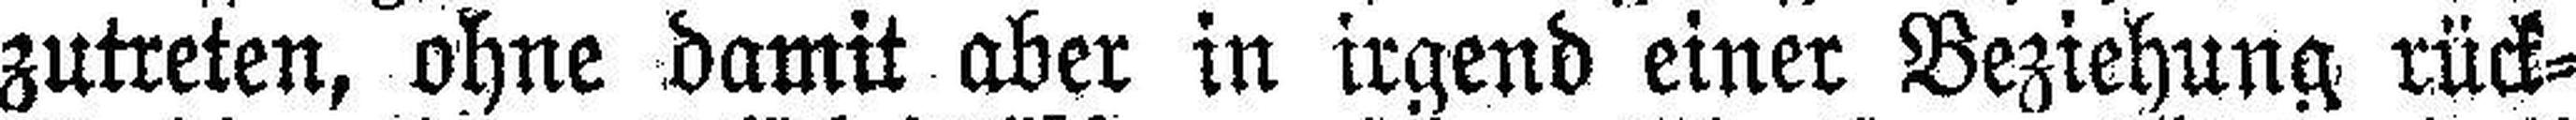
zutreten, ohne damit aber in irgend einer Beziehung rück¬